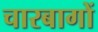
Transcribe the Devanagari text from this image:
चारबागों